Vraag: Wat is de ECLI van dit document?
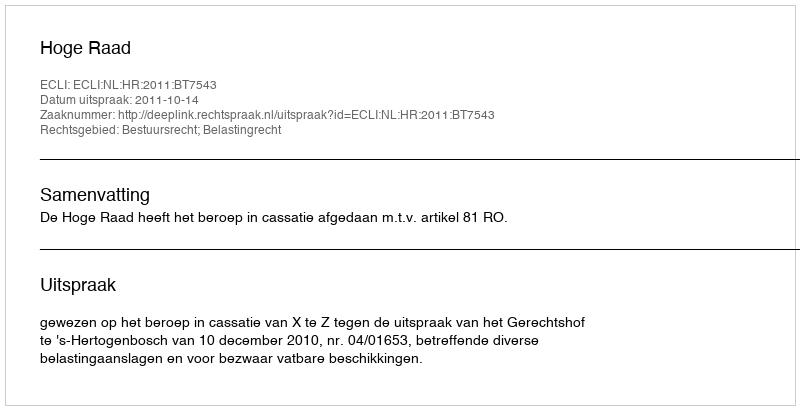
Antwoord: ECLI:NL:HR:2011:BT7543